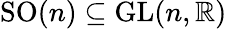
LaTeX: \mathrm{SO}(n)\subseteq\mathrm{GL}(n,\mathbb{R})